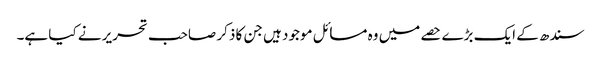
سندھ کے ایک بڑے حصے میں وہ مسائل موجود ہیں جن کا ذکر صاحب تحریر نے کیا ہے۔